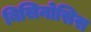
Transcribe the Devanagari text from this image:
बिसिनोसिस